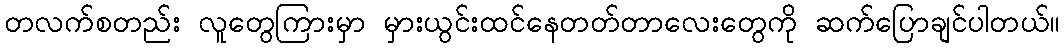
တလက်စတည်း လူတွေကြားမှာ မှားယွင်းထင်နေတတ်တာလေးတွေကို ဆက်ပြောချင်ပါတယ်။